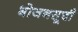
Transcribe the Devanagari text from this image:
भोजनसूची